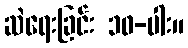
ဆဲရေးခြင်း ၁၀-ပါး။